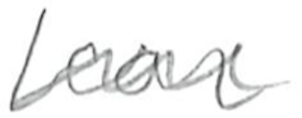
Text: fear
Cross-out: mix
Writing tool: pencil